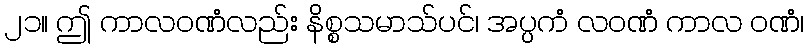
၂၁။ ဤ ကာလဝဏံလည်း နိစ္စသမာသ်ပင်၊ အပ္ပကံ လဝဏံ ကာလ ဝဏံ၊